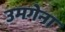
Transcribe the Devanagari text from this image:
उमगेना